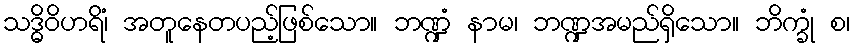
သဒ္ဓိဝိဟရိံ၊ အတူနေတပည့်ဖြစ်သော။ ဘဏ္ဍံ နာမ၊ ဘဏ္ဍအမည်ရှိသော။ ဘိက္ခုံ စ၊